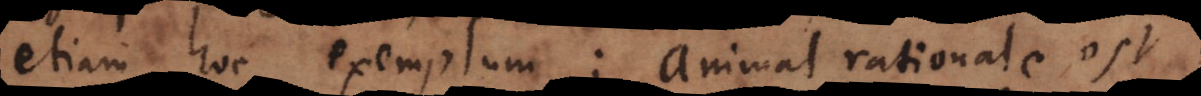
etiam hoc exemplum: animal rationale est